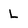
Character: L